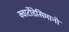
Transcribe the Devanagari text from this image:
क्वार्टोडेसिमानो